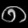
Digit: ၈